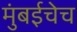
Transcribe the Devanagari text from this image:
मुंबईचेच